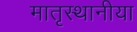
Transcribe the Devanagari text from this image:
मातृस्थानीया